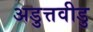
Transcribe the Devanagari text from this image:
अडुत्तवीडु